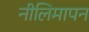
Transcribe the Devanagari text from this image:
नीलिमापन